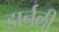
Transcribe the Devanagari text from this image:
डार्नली